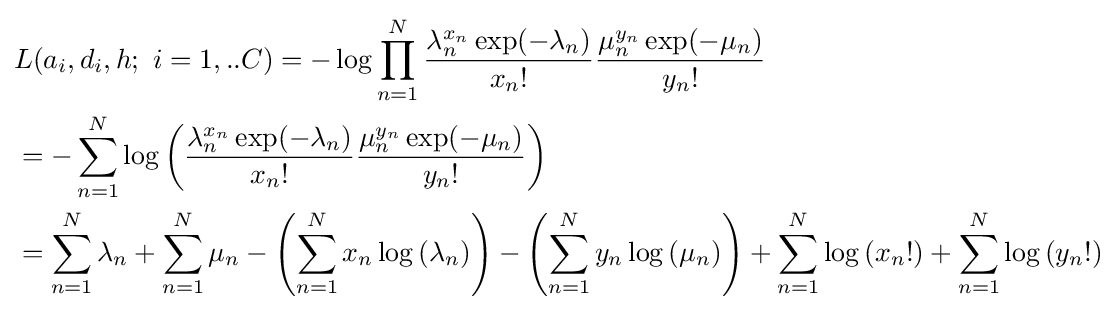
{\begin{aligned}&L(a_{i},d_{i},h;\ i=1,..C)=-\log \prod \limits _{n=1}^{N}{{\frac {\lambda _{n}^{x_{n}}\exp(-\lambda _{n})}{x_{n}!}}{\frac {\mu _{n}^{y_{n}}\exp(-\mu _{n})}{y_{n}!}}}\\&=-\sum \limits _{n=1}^{N}{\log \left({\frac {\lambda _{n}^{x_{n}}\exp(-\lambda _{n})}{x_{n}!}}{\frac {\mu _{n}^{y_{n}}\exp(-\mu _{n})}{y_{n}!}}\right)}\\&=\sum \limits _{n=1}^{N}{\lambda _{n}}+\sum \limits _{n=1}^{N}{\mu _{n}}-\left(\sum \limits _{n=1}^{N}{x_{n}\log \left(\lambda _{n}\right)}\right)-\left(\sum \limits _{n=1}^{N}{y_{n}\log \left(\mu _{n}\right)}\right)+\sum \limits _{n=1}^{N}{\log \left(x_{n}!\right)}+\sum \limits _{n=1}^{N}{\log \left(y_{n}!\right)}\\\end{aligned}}